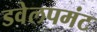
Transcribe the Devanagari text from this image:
डवेलपमंट